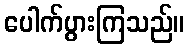
ပေါက်ပွားကြသည်။